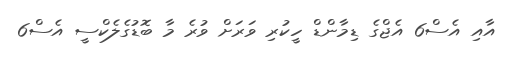
އާއި އެސް6 އެޖްގެ ޑިމާންޑް ހީކުރި ވަރަށް ވުރެ މާ ބޮޑުގެލެކްސީ އެސް6